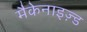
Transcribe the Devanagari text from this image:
मैकेनाइज़्ड